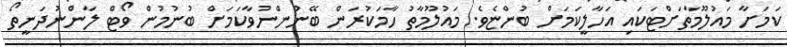
ކަމަށާ މައުލޫމާތަށްޓަކައި އަހާލީކަމަށް ބުންޏެވެ. މައުލޫމާތު ހާމަކުރަން ބޭނުންނުވާކަމަށް ބުނުމުން ވޯޓް ލާންނުދަނީތޯ